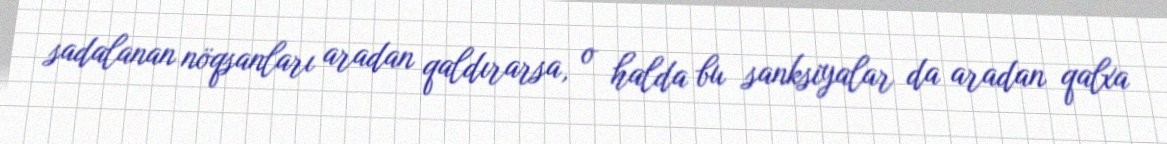
sadalanan nöqsanları aradan qaldırarsa, o halda bu sanksiyalar da aradan qalxa